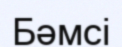
Бәмсі